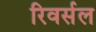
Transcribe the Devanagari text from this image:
रिवर्सल